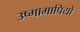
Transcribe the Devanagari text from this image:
उष्मामापियों